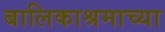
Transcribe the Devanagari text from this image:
बालिकाश्रमाच्या